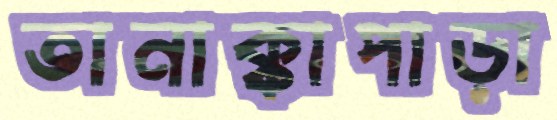
তানাক্কাপাড়া